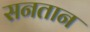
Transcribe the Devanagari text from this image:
सनतान